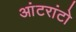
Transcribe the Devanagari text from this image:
आंटरांटो